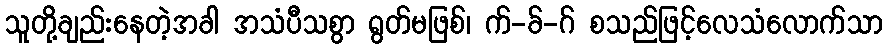
သူတို့ချည်းနေတဲ့အခါ အသံပီသစွာ ရွတ်မဖြစ်၊ က်-ခ်-ဂ် စသည်ဖြင့်လေသံလောက်သာ